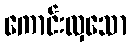
ကောင်းလှသော